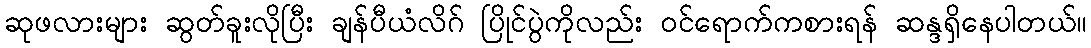
ဆုဖလားများ ဆွတ်ခူးလိုပြီး ချန်ပီယံလိဂ် ပြိုင်ပွဲကိုလည်း ဝင်ရောက်ကစားရန် ဆန္ဒရှိနေပါတယ်။